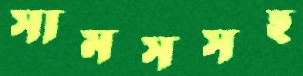
সামসসহ